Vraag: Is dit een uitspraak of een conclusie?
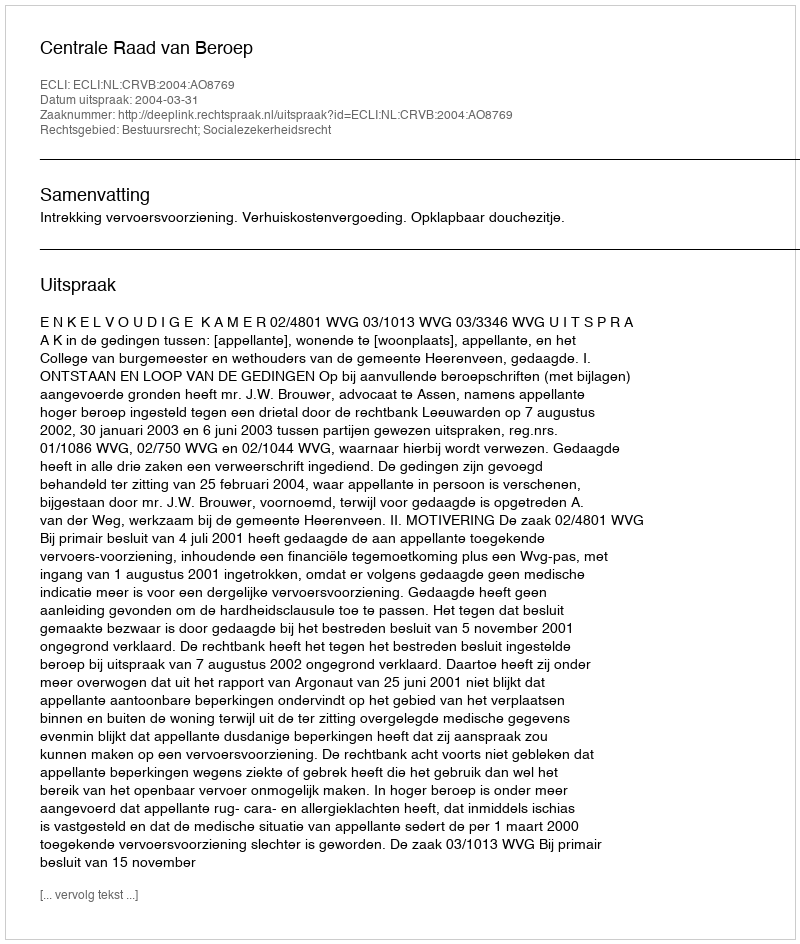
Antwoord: Uitspraak